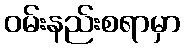
ဝမ်းနည်းစရာမှာ